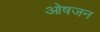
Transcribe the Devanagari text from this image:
ओषजन